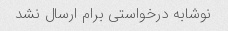
نوشابه درخواستی برام ارسال نشد